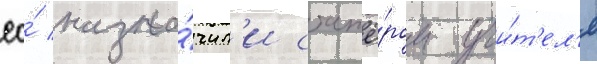
ео́ назна́чил'и стажё́ром учи́т'ел'я